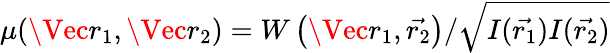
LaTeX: \mu(\Vec{{r}_{1}},\Vec{{r}_{2}})=W\left(\Vec{{r}_{1}},\vec{{r}_{2}}\right)/\sqrt{I(\vec{{r}_{1}})I(\vec{{r}_{2}})}